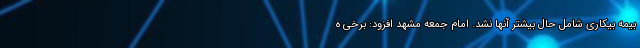
بیمه بیکاری شامل حال بیشتر آنها نشد. امام جمعه مشهد افزود: برخی ه